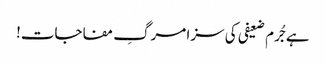
ہے جُرم ضعیفی کی سزا مرگِ مفاجات!